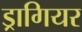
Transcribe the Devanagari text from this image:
ड्रागियर